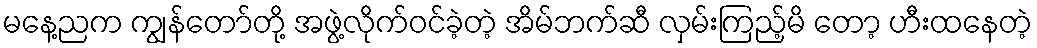
မနေ့ညက ကျွန်တော်တို့ အဖွဲ့လိုက်ဝင်ခဲ့တဲ့ အိမ်ဘက်ဆီ လှမ်းကြည့်မိ တော့ ဟီးထနေတဲ့